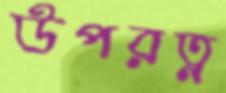
উপরত্ন